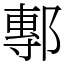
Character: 鄟